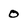
Character: 0